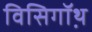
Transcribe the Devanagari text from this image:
विसिगॉथ़